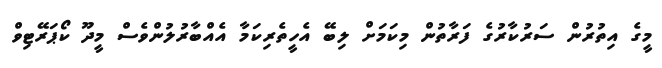
މީގެ އިތުރުން ސަރުކާރުގެ ފަރާތުން މިކަމަށް ލިބޭ އެހީތެރިކަމާ އެއްބާރުލުންވެސް މީދޫ ކޯޕަރޭޓިވް